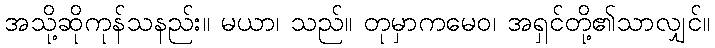
အသို့ဆိုကုန်သနည်း။ မယာ၊ သည်။ တုမှာကမေဝ၊ အရှင်တို့၏သာလျှင်။